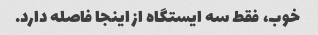
خوب، فقط سه ایستگاه از اینجا فاصله دارد.